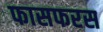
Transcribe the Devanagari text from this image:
फासफरस